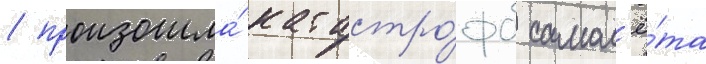
/ произошла́ катастро́фа самол'ё́та